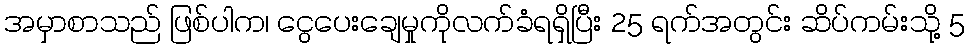
အမှာစာသည် ဖြစ်ပါက၊ ငွေပေးချေမှုကိုလက်ခံရရှိပြီး 25 ရက်အတွင်း ဆိပ်ကမ်းသို့ 5